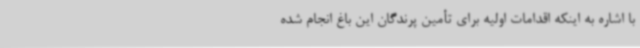
با اشاره به اینکه اقدامات اولیه برای تأمین پرندگان این باغ انجام شده